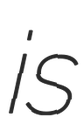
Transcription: is